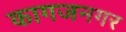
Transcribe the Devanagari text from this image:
कागजनगर